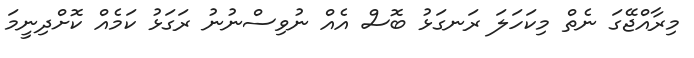
މިރާއްޖޭގަ ނެތް މިކަހަލަ ރަނގަޅު ބޮސް އެއް ނުވިސްނުނު ރަގަޅު ކަމެއް ކޮށްދިނީމަ